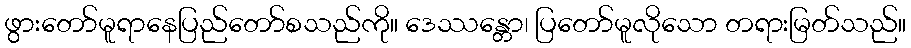
ဖွားတော်မူရာနေပြည်တော်စသည်ကို။ ဒေဿန္တော၊ ပြတော်မူလိုသော တရားမြတ်သည်။